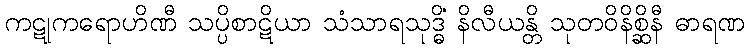
ကဋုကရောဟိဏီ သပ္ပိစာဋိယာ သံသာရသုဒ္ဓိံ နိလီယန္တိ သုတဝိနိစ္ဆိနီ ဓာရဏ